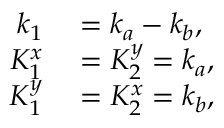
\begin{array} { r l } { k _ { 1 } } & { { } = k _ { a } - k _ { b } , } \\ { K _ { 1 } ^ { x } } & { { } = K _ { 2 } ^ { y } = k _ { a } , } \\ { K _ { 1 } ^ { y } } & { { } = K _ { 2 } ^ { x } = k _ { b } , } \end{array}